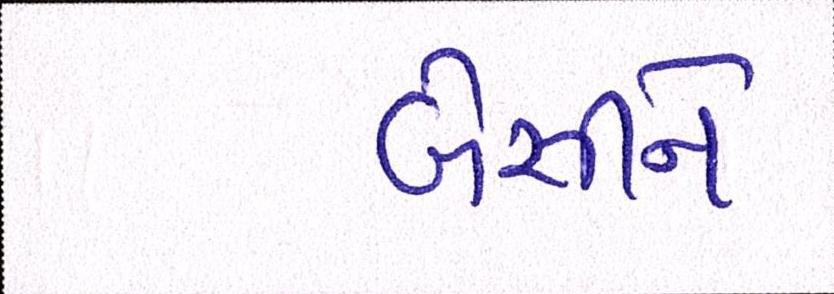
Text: બેસીને